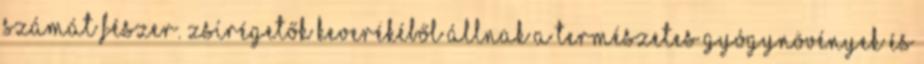
számát fészer. Zsírégetők keverékéből állnak a természetes gyógynövények és